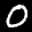
Label: 0